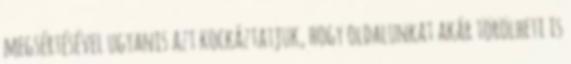
megsértésével ugyanis azt kockáztatjuk, hogy oldalunkat akár törölheti is